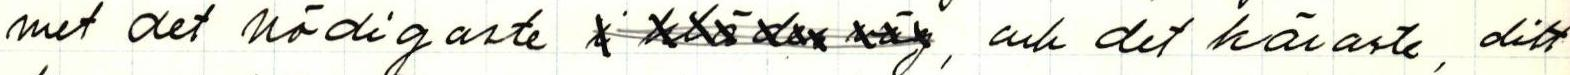
met det nödigaste x xxx xxx xxx, och det käraste, ditt